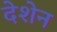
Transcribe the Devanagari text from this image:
देशेन